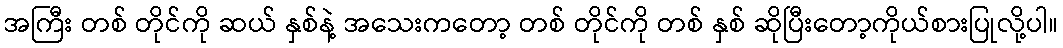
အကြီး တစ် တိုင်ကို ဆယ် နှစ်နဲ့ အသေးကတော့ တစ် တိုင်ကို တစ် နှစ် ဆိုပြီးတော့ကိုယ်စားပြုလို့ပါ။